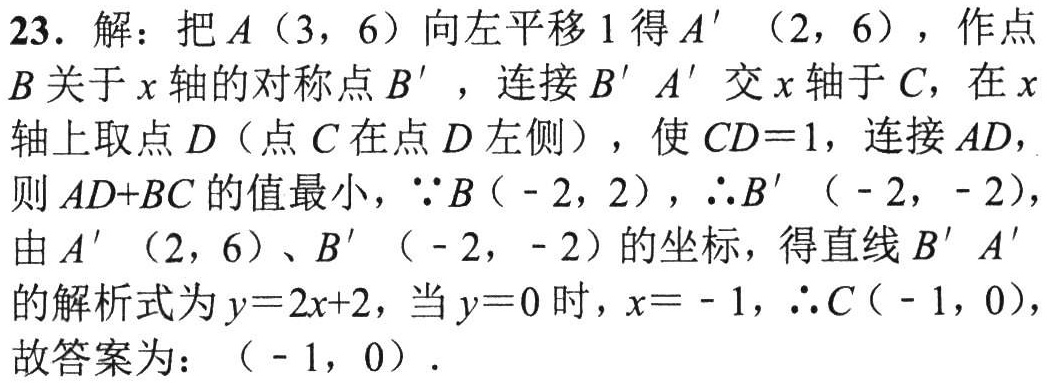
23. 解：把\(A(3,6)\)向左平移\(1\)得\(A'(2,6)\)，作点\(B\)关于\(x\)轴的对称点\(B'\)，连接\(B'A'\)交\(x\)轴于\(C\)，在\(x\)轴上取点\(D\)（点\(C\)在点\(D\)左侧），使\(CD = 1\)，连接\(AD\)，则\(AD + BC\)的值最小，\(\because B(-2,2)\)，\(\therefore B'(-2,-2)\)，由\(A'(2,6)\)、\(B'(-2,-2)\)的坐标，得直线\(B'A'\)的解析式为\(y = 2x + 2\)，当\(y = 0\)时，\(x=-1\)，\(\therefore C(-1,0)\)，故答案为：\((-1,0)\).